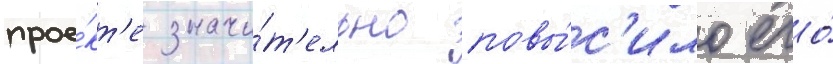
прое́кт'е значи́т'ельно повы́с'ило его́